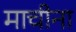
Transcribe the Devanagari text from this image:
माचीना